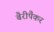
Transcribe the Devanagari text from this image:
बैरीपैकर